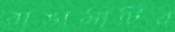
রাঙামাটির